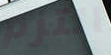
التزم